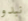
نبدو